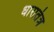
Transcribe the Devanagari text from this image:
धारातंत्र